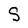
Character: S